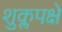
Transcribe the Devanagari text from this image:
शुक्लपक्षे